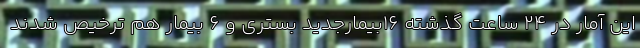
این آمار در ۲۴ ساعت گذشته ۱۶بیمارجدید بستری و ۶ بیمار هم ترخیص شدند